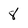
Character: 8